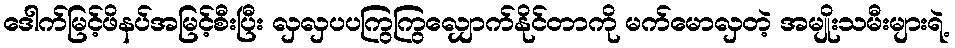
ဒေါက်မြင့်ဖိနပ်အမြင့်စီးပြီး လှလှပပကြွကြွလျှောက်နိုင်တာကို မက်မောလှတဲ့ အမျိုးသမီးများရဲ့